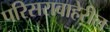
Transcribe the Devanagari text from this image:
परिसराबाहेरील